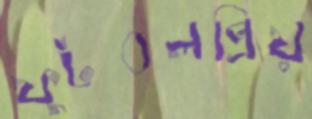
ফুটবলপ্রিয়